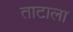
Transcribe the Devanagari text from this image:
ताटाला